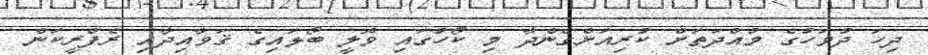
ދިހަ ދުވަހުގެ މުއްދަތަށް ކުރިއަށްގެންދާ މި ކޯހުގައި ވޮލީ ބޯޅައިގެ ޤަވާއިދާއި ރެފްރީކަން